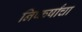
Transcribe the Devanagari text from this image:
निष्कर्षांचा